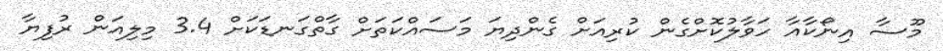
މޫސާ އިނޯކާއާ ހަވާލުކޮށްގެން ކުރިއަށް ގެންދިޔަ މަސައްކަތަށް ގާތްގަނޑަކަށް 3.4 މިލިއަން ރުފިޔާ